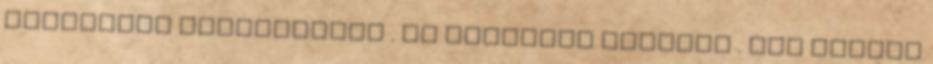
Bajnokság bronzérmese . Az előjelek azonban . Nem minden